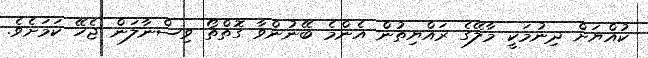
ކުއްޔަށް ދިނުމަކީ މާލޭގެ ރައްޔިތުން އެންމެ ބޭނުންވާ ގޮތްތޯ ވިސްނާލަން ޖެހޭ ކަމަށެވެ.